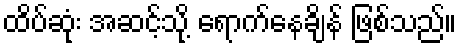
ထိပ်ဆုံး အဆင့်သို့ ရောက်နေချိန် ဖြစ်သည်။